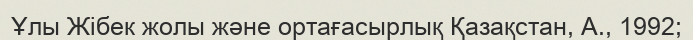
Ұлы Жібек жолы және ортағасырлық Қазақстан, А., 1992;